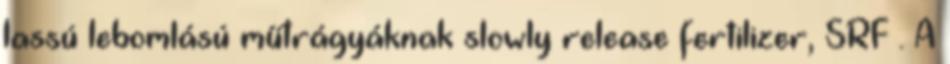
lassú lebomlású műtrágyáknak slowly release fertilizer, SRF . A